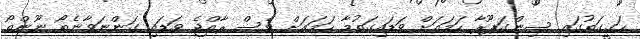
ހަގީގަތުގައި ސިންގަޕޫރާ ހަމައަށް ވަޑައިގަތުމާ ހަމައަށް ވެސް ރާއްޖެ ވަޑައި ގަންނަވާނެތޯ ނޫންތޯ